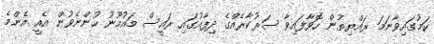
ކަމުގައިވާނަމަ ރައްޔިތުން ހޮވާފައިވާ ސަރުކާރެއްގެ ދިފާއުގައި ރައީސް މައުމޫނު ހުންނެވުން އެއީ އެންމެ